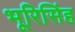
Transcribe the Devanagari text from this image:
भूरिसिंह